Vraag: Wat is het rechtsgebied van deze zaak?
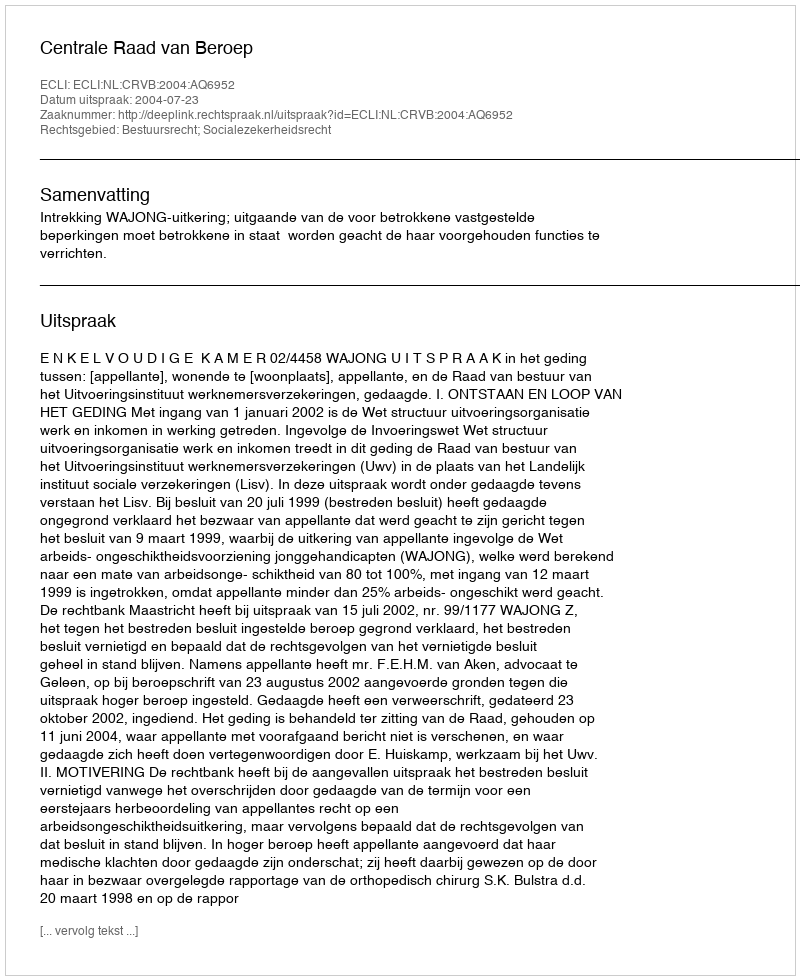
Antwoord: Bestuursrecht; Socialezekerheidsrecht